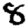
Digit: 8